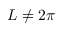
L \neq 2 \pi